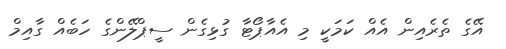
އޭގެ ތެރެއިން އެއް ކަމަކީ މި އެއާޕޯޓާ ގުޅިގެން ސީޕްލޭންގެ ހަބެއް ގާއިމް